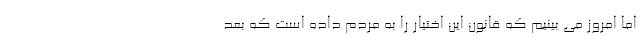
اما امروز می بینیم که قانون این اختیار را به مردم داده است که بعد